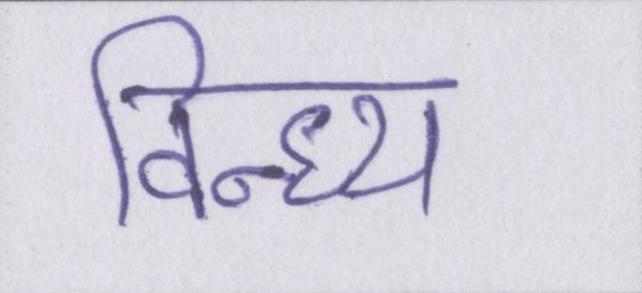
विन्ध्य